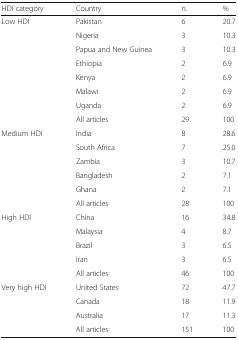
<table><thead><tr><td><b>HDI category</b></td><td><b>Country</b></td><td><b>n.</b></td><td><b>%</b></td></tr></thead><tbody><tr><td rowspan="8">Low HDI</td><td>Pakistan</td><td>6</td><td>20.7</td></tr><tr><td>Nigeria</td><td>3</td><td>10.3</td></tr><tr><td>Papua and New Guinea</td><td>3</td><td>10.3</td></tr><tr><td>Ethiopia</td><td>2</td><td>6.9</td></tr><tr><td>Kenya</td><td>2</td><td>6.9</td></tr><tr><td>Malawi</td><td>2</td><td>6.9</td></tr><tr><td>Uganda</td><td>2</td><td>6.9</td></tr><tr><td>All articles</td><td>29</td><td>100</td></tr><tr><td rowspan="6">Medium HDI</td><td>India</td><td>8</td><td>28.6</td></tr><tr><td>South Africa</td><td>7</td><td>25.0</td></tr><tr><td>Zambia</td><td>3</td><td>10.7</td></tr><tr><td>Bangladesh</td><td>2</td><td>7.1</td></tr><tr><td>Ghana</td><td>2</td><td>7.1</td></tr><tr><td>All articles</td><td>28</td><td>100</td></tr><tr><td rowspan="5">High HDI</td><td>China</td><td>16</td><td>34.8</td></tr><tr><td>Malaysia</td><td>4</td><td>8.7</td></tr><tr><td>Brazil</td><td>3</td><td>6.5</td></tr><tr><td>Iran</td><td>3</td><td>6.5</td></tr><tr><td>All articles</td><td>46</td><td>100</td></tr><tr><td rowspan="4">Very high HDI</td><td>United States</td><td>72</td><td>47.7</td></tr><tr><td>Canada</td><td>18</td><td>11.9</td></tr><tr><td>Australia</td><td>17</td><td>11.3</td></tr><tr><td>All articles</td><td>151</td><td>100</td></tr></tbody></table>